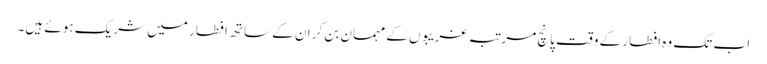
اب تک وہ افطار کے وقت پانچ مرتبہ غریبوں کے مہمان بن کر ان کے ساتھ افطار میں شریک ہوئے ہیں۔